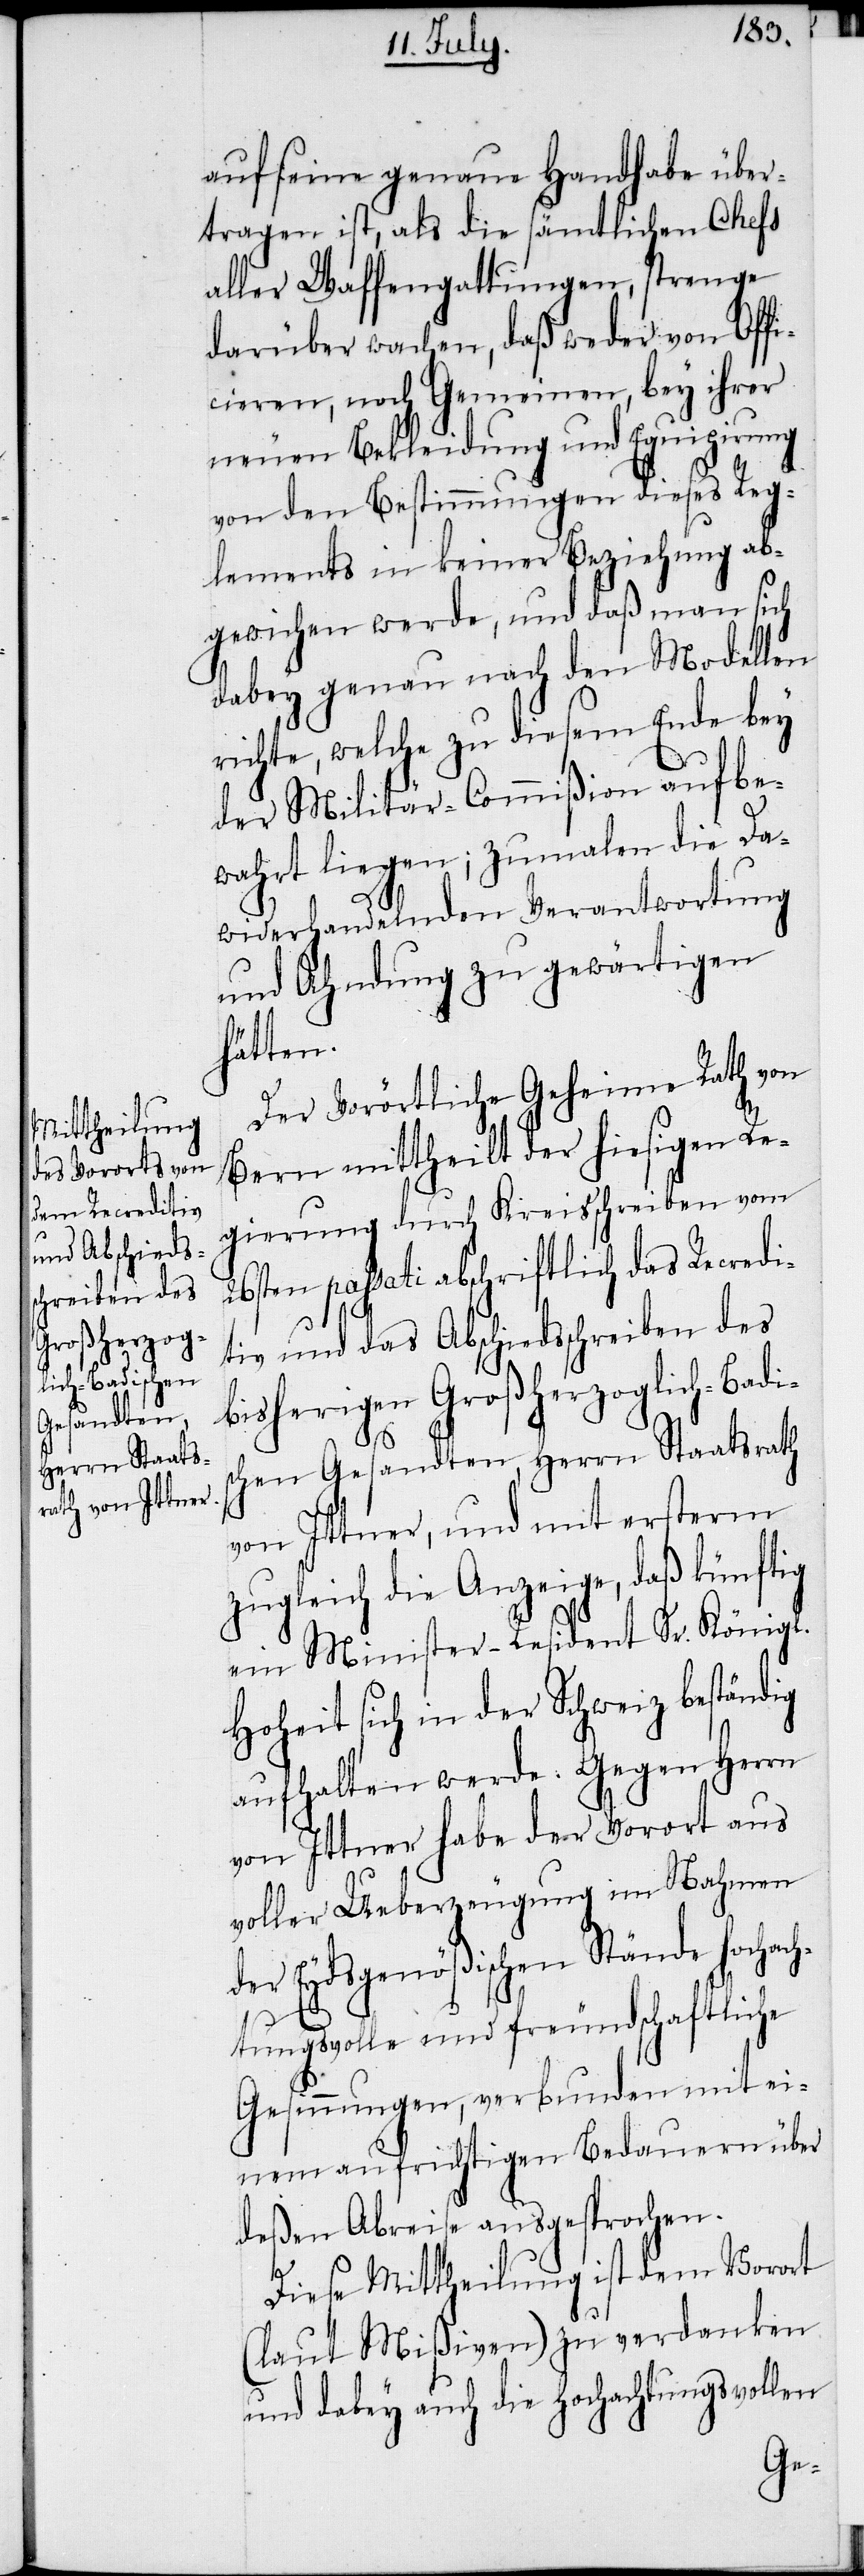
auf seine genaue Handhabe über¬
tragen ist, als die sämtlichen Chefs
aller Waffengattungen, strenge
darüber wachen, daß weder von Offi¬
cieren, noch Gemeinen, bey ihrer
neuen Bekleidung und Equipirung
von den Bestimmungen dieses Reg¬
lements in keiner Beziehung ab¬
gewichen werde, und daß man sich
dabey genau nach den Modellen
richte, welche zu diesem Ende bey
der Militär-Commißion aufbe¬
wahrt liegen; zumalen die Da¬
widerhandelnden Verantwortung
und Ahndung zu gewärtigen
hätten.
Der Vorörtliche Geheime Rath von
Bern mittheilt der hiesigen Re¬
gierung durch Kreisschreiben vom
26sten passati abschriftlich das Recredi¬
tiv und das Abschiedsschreiben des
bisherigen des Großherzoglich-Badis¬
chen Gesandten, Herrn Staatsrath
von Ittner, und mit ersterm
zugleich die Anzeige, daß künftig
ein Minister-Resident Sr. Königl.
Hoheit sich in der Schweiz beständig
aufhalten werde. Gegen Herrn
von Ittner habe der Vorort aus
voller Ueberzeugung im Nahmen
der Eydsgenößischen Stände hochac¬
htungsvolle und freundschaftliche
Gesinnungen, verbunden mit ei¬
nem aufrichtigen Bedauern über
deßen Abreise ausgesprochen.
Diese Mittheilung ist dem Vorort
(laut Mißiven) zu verdanken
und dabey auch die Hochachtungsvollen